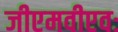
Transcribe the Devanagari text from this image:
जीएमवीएवः